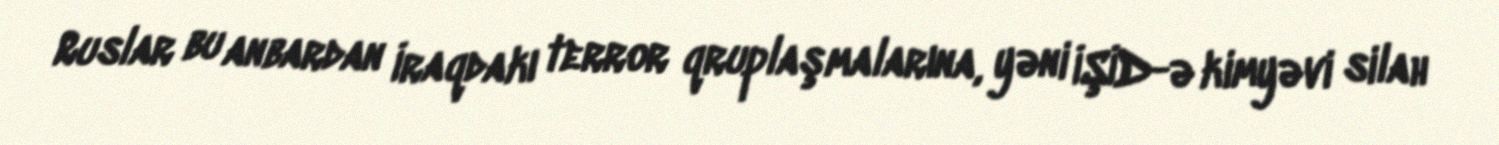
Ruslar bu anbardan İraqdakı terror qruplaşmalarına, yəni İŞİD-ə kimyəvi silah